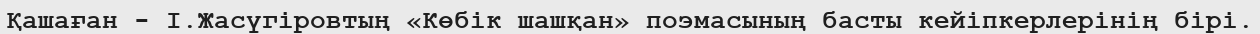
Қашаған - І.Жасүгіровтың «Көбік шашқан» поэмасының басты кейіпкерлерінің бірі.